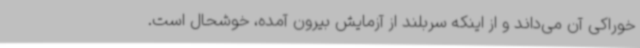
خوراکی آن می‌داند و از اینکه سربلند از آزمایش بیرون آمده، خوشحال است.